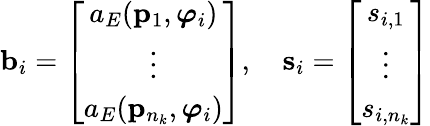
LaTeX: \mathbf{b}_{i}=\left[\begin{array}{c}{a_{E}(\mathbf{p}_{1},\boldsymbol{\varphi}_{i})}\\ {\vdots}\\ {a_{E}(\mathbf{p}_{n_{k}},\boldsymbol{\varphi}_{i})}\end{array}\right],\quad\mathbf{s}_{i}=\left[\begin{array}{c}{s_{i,1}}\\ {\vdots}\\ {s_{i,n_{k}}}\end{array}\right]